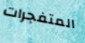
المتفجرات